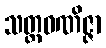
သတ္တဝဏိဇ္ဇာ